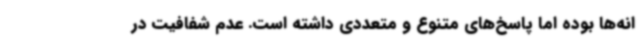
انه‌ها بوده اما پاسخ‌های متنوع و متعددی داشته است. عدم شفافیت در